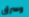
وسرق